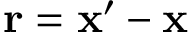
{ \bf { r } } = { \bf { x } } ^ { \prime } - { \bf { x } }